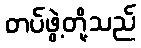
တပ်ဖွဲ့တို့သည်